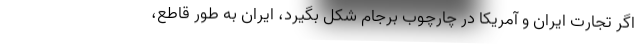
اگر تجارت ایران و آمریکا در چارچوب برجام شکل بگیرد، ایران به طور قاطع،